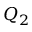
Q _ { 2 }